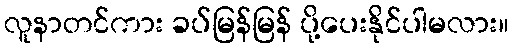
လူနာတင်ကား ခပ်မြန်မြန် ပို့ပေးနိုင်ပါမလား။